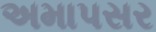
અમાપસર